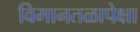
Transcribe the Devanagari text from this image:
विमानतळापेक्षा